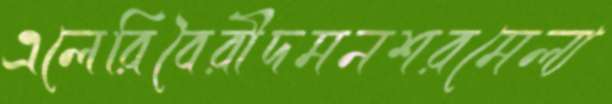
এলেরিবৈরীদমনশরমেল্য